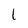
Character: 1